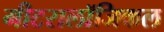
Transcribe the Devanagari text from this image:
मीटरालॉजिकल